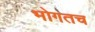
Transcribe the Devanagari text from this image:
भोगतच